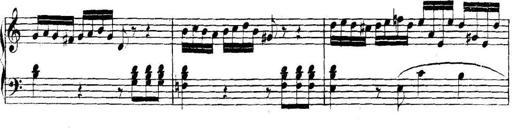
Title: Collected Piano Sonatas
Composer: Muzio Clementi